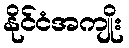
နိုင်ငံအကျိုး